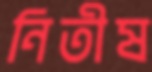
নিতীষ